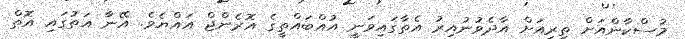
މުސްކާންއަށް ތިރިއަށް އާދެވުނުއިރު އެތާގައިވަނީ އުއްބައްތީގެ އޮރެންޖް އައްޔެވެ. އޭނާ އަތުގައި އޮތް